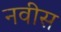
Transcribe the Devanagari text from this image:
नवीस